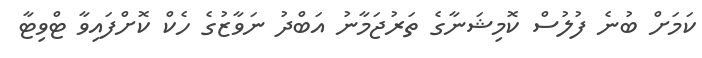
ކަމަށް ބުނެ ފުލުސް ކޮމިޝަނާގެ ތަރުޖަމާނު އަބްދު ނަވާޒުގެ ހެކް ކޮށްފައިވާ ޓްވިޓާ